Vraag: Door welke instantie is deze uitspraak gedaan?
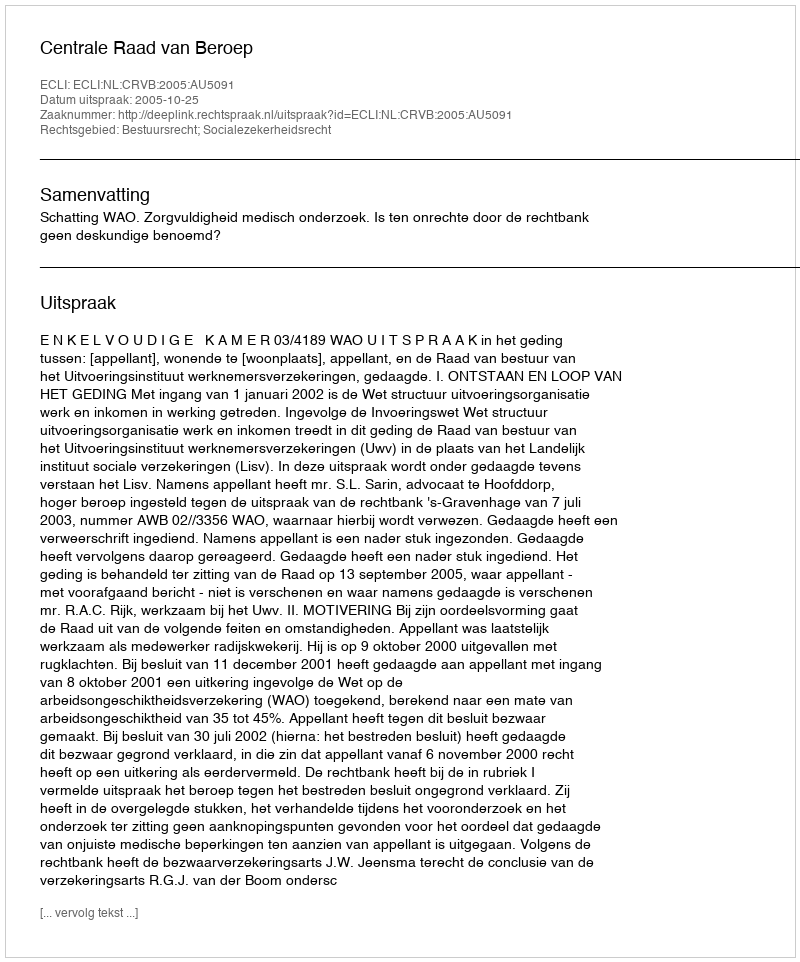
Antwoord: Centrale Raad van Beroep